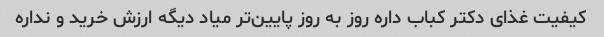
کیفیت غذای دکتر کباب داره روز به روز پایین‌تر میاد دیگه ارزش خرید و نداره